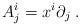
LaTeX: \begin{align*}A^{i}_{j} = x^{i}\partial _{j} \; .\end{align*}